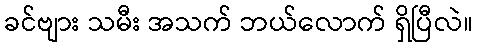
ခင်ဗျား သမီး အသက် ဘယ်လောက် ရှိပြီလဲ။